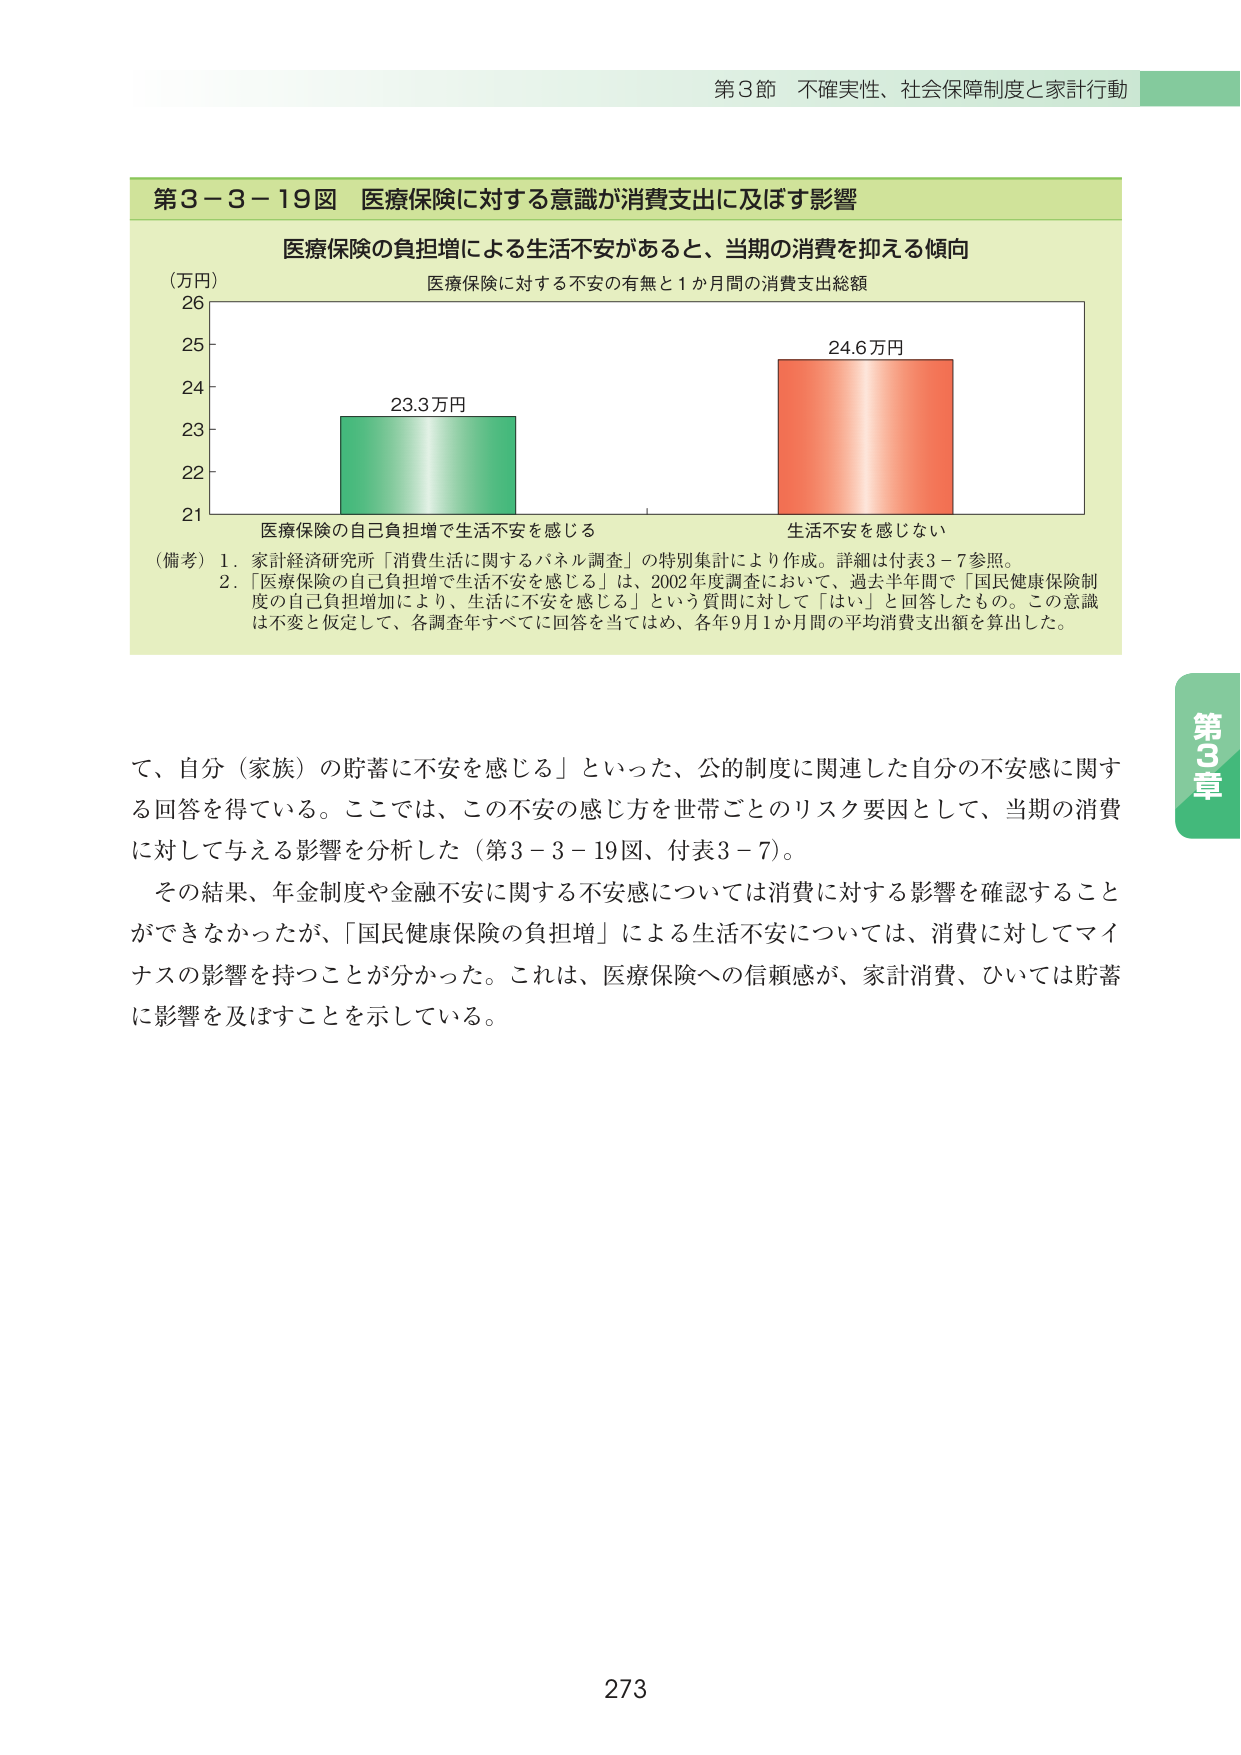
第3節 不確実性、社会保障制度と家計行動

第3－3－19図 医療保険に対する意識が消費支出に及ぼす影響

医療保険の負担増による生活不安があると、当期の消費を抑える傾向

（万円）
26
25
24
23
22
21

医療保険に対する不安の有無と1か月間の消費支出総額

23.3万円
医療保険の自己負担増で生活不安を感じる

24.6万円
生活不安を感じない

（備考）1．家計経済研究所「消費生活に関するパネル調査」の特別集計により作成。詳細は付表3－7参照。
2．「医療保険の自己負担増で生活不安を感じる」は、2002年度調査において、過去半年間で「国民健康保険制度の自己負担増加により、生活に不安を感じる」という質問に対して「はい」と回答したもの。この意識は不変と仮定して、各調査年すべてに回答を当てはめ、各年9月1か月間の平均消費支出額を算出した。

て、自分（家族）の貯蓄に不安を感じる」といった、公的制度に関連した自分の不安感に関する回答を得ている。ここでは、この不安の感じ方を世帯ごとのリスク要因として、当期の消費に対して与える影響を分析した（第3－3－19図、付表3－7）。
その結果、年金制度や金融不安に関する不安感については消費に対する影響を確認することができなかったが、「国民健康保険の負担増」による生活不安については、消費に対してマイナスの影響を持つことが分かった。これは、医療保険への信頼感が、家計消費、ひいては貯蓄に影響を及ぼすことを示している。

第3章

273